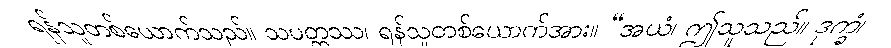
ရန်သူတစ်ယောက်သည်။ သပတ္တဿ၊ ရန်သူတစ်ယောက်အား။ “အယံ၊ ဤသူသည်။ ဒုက္ခံ၊